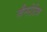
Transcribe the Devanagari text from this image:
जैनरेटिव